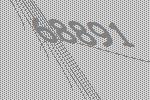
68891